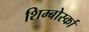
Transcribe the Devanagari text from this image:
शिम्बोर्स्का